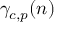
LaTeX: \gamma _ { c , p } ( n )